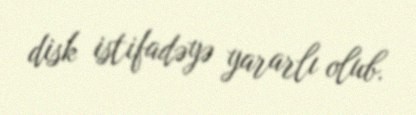
disk istifadəyə yararlı olub.